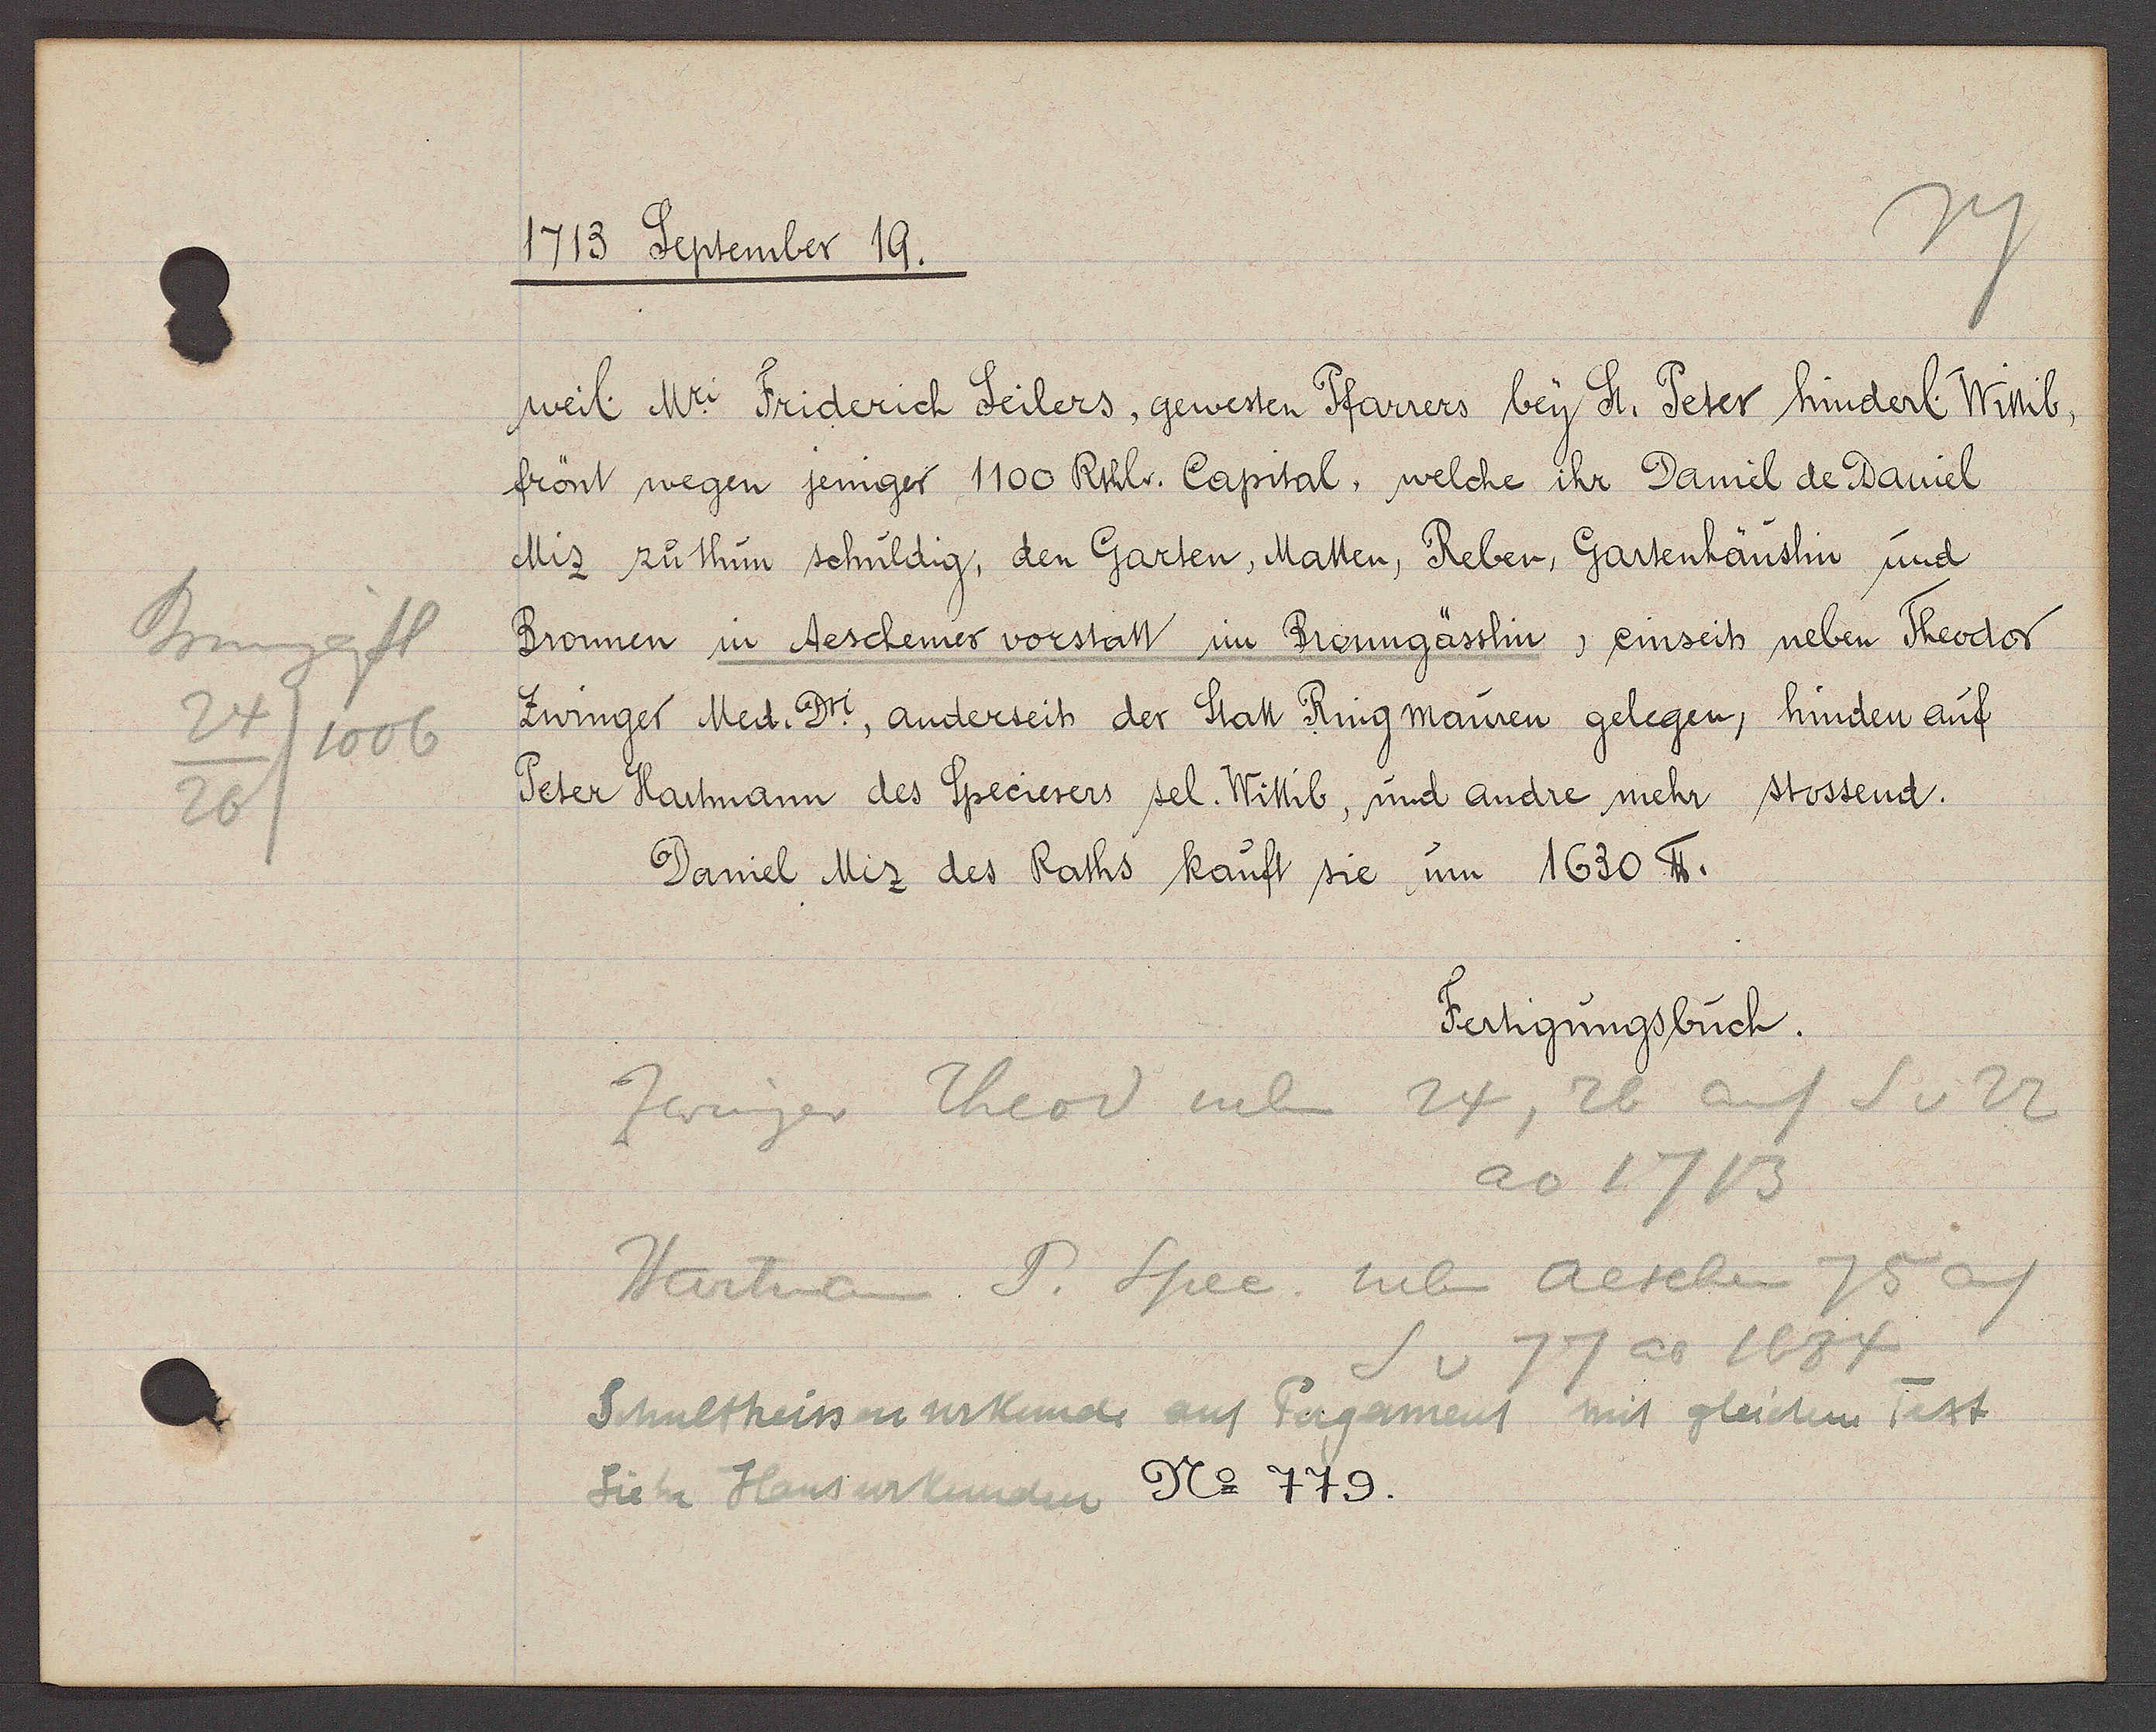
Transcript:
Brunngässl
24
1006
26

1713 September 19.

weil Mr Friderich Seilers, gewesten Pfarrers bey St. Peter hinderl. Wittib,
frönt wegen jeniger 1100 Rthlr. Capital, welche ihr Daniel de Daniel
Miz zu thun schuldig, den Garten, Matten, Reben, Gartenhäuslin und
Bronnen in Aeschener vorstatt im Bronngässlin, einseits neben Theodor
Zwinger Med. Dri. anderseits der Statt Ring mauren gelegen, hinden auf
Peter Hartmann des Specierers sel. Wittib, und andre mehr stossend.
Daniel Miz des Raths kauft sie um 1630 ℔.

Fertigungsbuch.

Zwinger Theod neben 24, 26 auf S v 22
ao 1713
Hartmann T. Spec neben Aeschen 75 auf
S v 77 ao 1684
Schultheissen urkunde auf Pergament mit gleichem Text
Siehe Haus urkunden No 779.